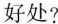
好处?